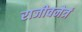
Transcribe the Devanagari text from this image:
राजीवनेत्रं